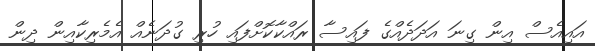
އައިއެސް އިން ގިނަ އަދަދެއްގެ ފައިސާ ރައްކާކޮށްފައި ހުރި ގުދަނެއް އެމެރިކާއިން ދިން